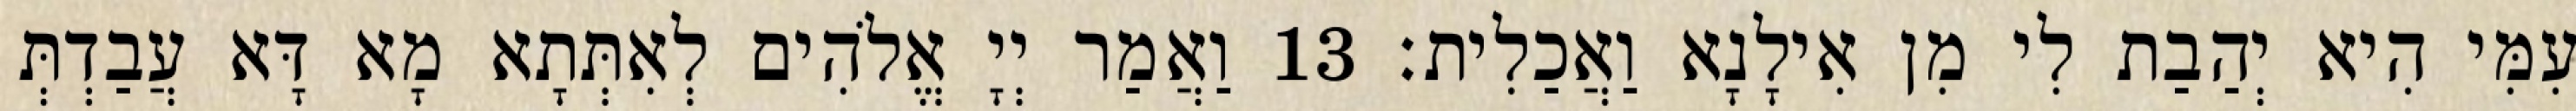
עִמִּי הִיא יְהַבַת לִי מִן אִילָנָא וַאֲכַלִית׃ 13 וַאֲמַר יְיָ אֱלֹהִים לְאִתְּתָא מָא דָּא עֲבַדְתְּ